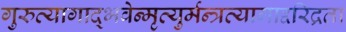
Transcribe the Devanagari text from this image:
गुरुत्यागाद्भवेन्मृत्युर्मन्त्रत्यागाद्दरिद्रता